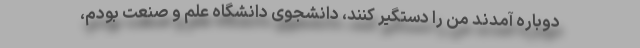
دوباره آمدند من را دستگیر کنند، دانشجوی دانشگاه علم و صنعت بودم،